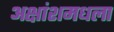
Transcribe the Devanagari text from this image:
अक्षांशमधला